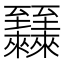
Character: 𬛷